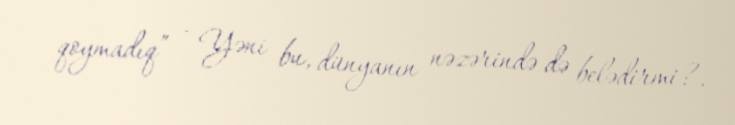
qoymadıq” - Yəni bu, dünyanın nəzərində də belədirmi?.